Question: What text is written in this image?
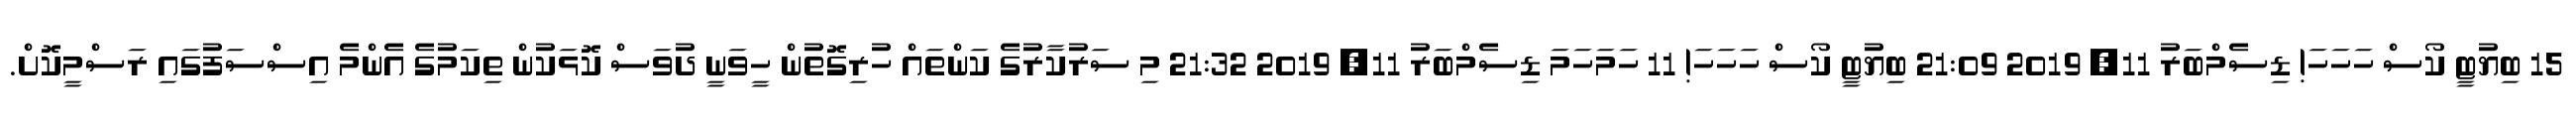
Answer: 15 ބިޔުޓީ ކޯސް ހަހަހަ! ޑިސެމްބަރު 11, 2019 21:09 ބިޔުޓީ ކޯސް ހަހަހަ! 11 ހަމަހަމަ ޑިސެމްބަރު 11, 2019 21:32 މި ސަރުކާރުގެ ކަންތައް ހުރިގޮތުން ހީވަނީ ދުވަސް ކޮޅަކުން ތިކަމުގެ އެންމެ އިސްސަފުގައި ރަސްމީކޮށް.